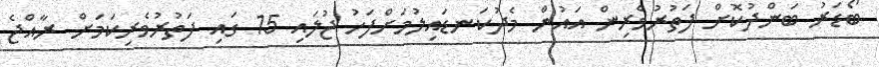
ބޯޑަރު ބަންދުކޮށް ފަތުރުވެރިން އައުން މެދުކަނޑައިލުމަށްފަހު ޖުލައި 15 ގައި ފަތުރުވެރިކަމަށް ރާއްޖެ